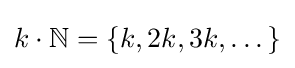
k\cdot \mathbb {N} =\{k,2k,3k,\dots \}